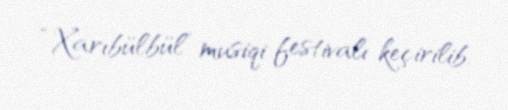
“Xarıbülbül” musiqi festivalı keçirilib.